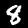
Label: 8